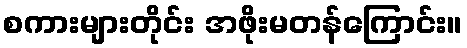
စကားများတိုင်း အဖိုးမတန်ကြောင်း။